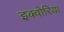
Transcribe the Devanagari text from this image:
इक्वोरिया